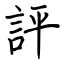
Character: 評